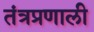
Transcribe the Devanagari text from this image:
तंत्रप्रणाली